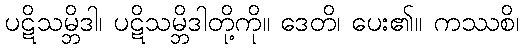
ပဋိသမ္ဘိဒါ၊ ပဋိသမ္ဘိဒါတို့ကို။ ဒေတိ၊ ပေး၏။ ကဿစိ၊